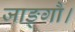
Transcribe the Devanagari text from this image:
जाङ्गौ।